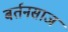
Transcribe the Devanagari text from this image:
बर्तनसाज